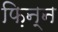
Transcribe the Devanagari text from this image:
फ़िन्न